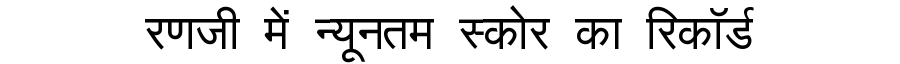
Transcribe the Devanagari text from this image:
रणजी में न्यूनतम स्कोर का रिकॉर्ड